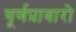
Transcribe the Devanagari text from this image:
चूर्णप्रावारो